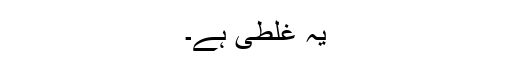
یہ غلطی ہے۔